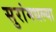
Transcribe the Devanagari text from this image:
सुरांमधल्या